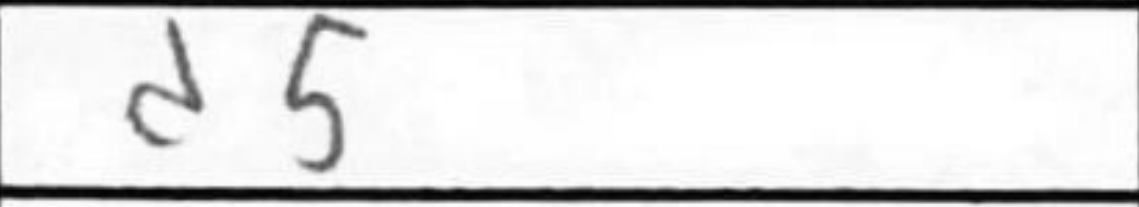
Transcription: d5